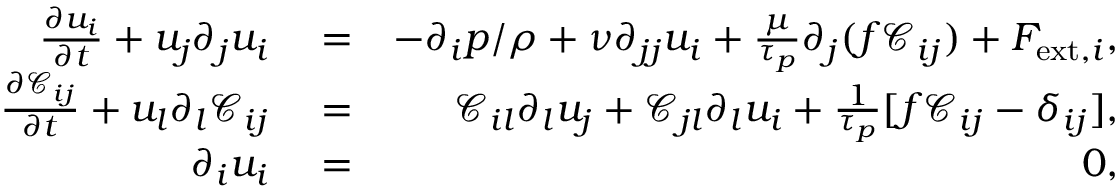
\begin{array} { r l r } { \frac { \partial { u _ { i } } } { \partial t } + u _ { j } \partial _ { j } u _ { i } } & { { } = } & { - \partial _ { i } p / \rho + \nu \partial _ { j j } u _ { i } + \frac { \mu } { \tau _ { p } } \partial _ { j } ( f \mathcal { C } _ { i j } ) + F _ { \mathrm { e x t } , i } , } \\ { \frac { \partial { \mathcal { C } _ { i j } } } { \partial t } + u _ { l } \partial _ { l } \mathcal { C } _ { i j } } & { { } = } & { \mathcal { C } _ { i l } \partial _ { l } u _ { j } + \mathcal { C } _ { j l } \partial _ { l } u _ { i } + \frac { 1 } { \tau _ { p } } [ f \mathcal { C } _ { i j } - \delta _ { i j } ] , } \\ { \partial _ { i } u _ { i } } & { { } = } & { 0 , } \end{array}